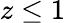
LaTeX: z\le 1